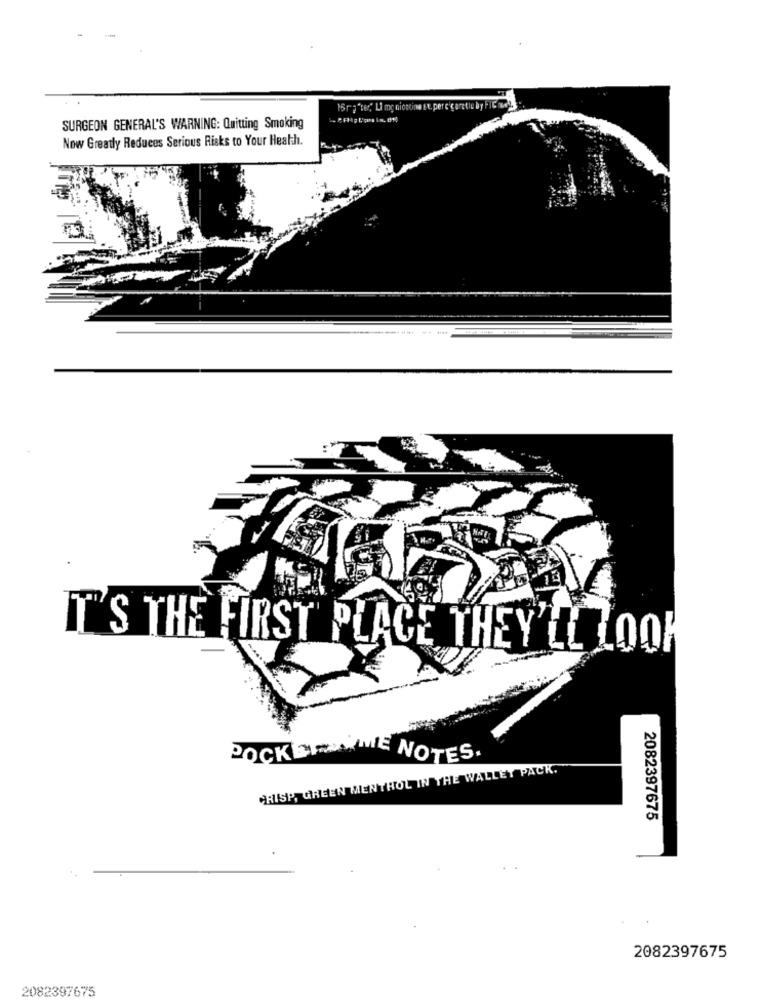
16rg"ted" Ll mg nicotine Et, percigaretle by FIC med
SURGEON GENERAL'S WARNING: Quitting Smoking
Now Greatly Reduces Serious Risks to Your Health.
IT'S THE FIRST PLACE THEY'LL LOOK
POCKET WIE NOTES.
CRISP, GREEN MENTHOL IN THE WALLET PACK.
2082397675
2082397675
2082397675